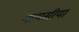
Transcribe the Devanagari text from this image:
नायसीया